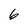
Character: 6